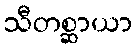
သီတစ္ဆာယာ